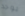
يوجد